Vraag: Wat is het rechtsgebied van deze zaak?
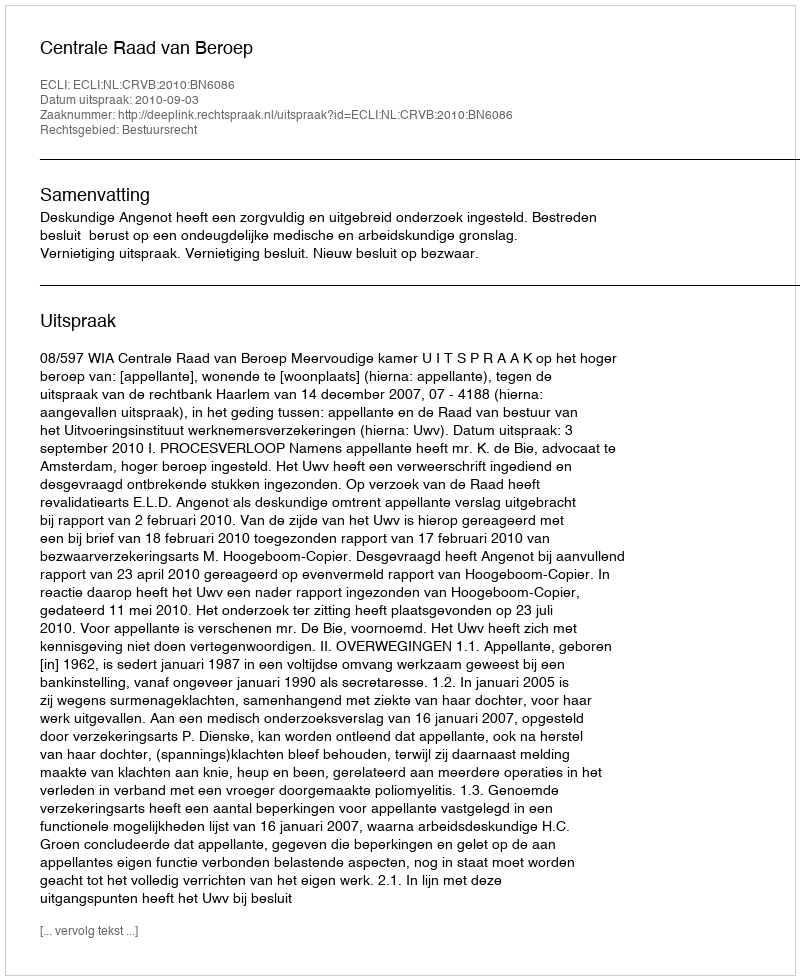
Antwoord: Bestuursrecht